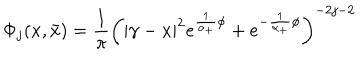
LaTeX: \Phi _ { j } ( x , \bar { x } ) = \frac 1 \pi \left( \left| \gamma - x \right| ^ { 2 } e ^ { \frac 1 { \alpha _ { + } } \phi } + e ^ { - \frac 1 { \alpha _ { + } } \phi } \right) ^ { - 2 j - 2 }